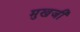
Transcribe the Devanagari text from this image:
मुखजी